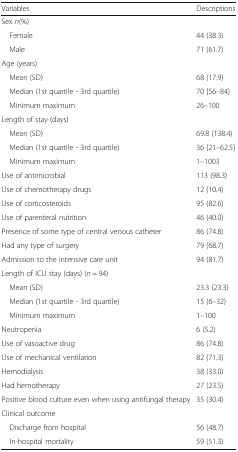
<table><thead><tr><td><b>Variables</b></td><td><b>Descriptions</b></td></tr></thead><tbody><tr><td colspan="2">Sex <i>n</i>(%)</td></tr><tr><td> Female</td><td>44 (38.3)</td></tr><tr><td> Male</td><td>71 (61.7)</td></tr><tr><td colspan="2">Age (years)</td></tr><tr><td> Mean (SD)</td><td>68 (17.9)</td></tr><tr><td> Median (1st quartile - 3rd quartile)</td><td>70 [56–84]</td></tr><tr><td> Minimum maximum</td><td>26–100</td></tr><tr><td colspan="2">Length of stay (days)</td></tr><tr><td> Mean (SD)</td><td>69.8 (138.4)</td></tr><tr><td> Median (1st quartile - 3rd quartile)</td><td>36 [21–62.5]</td></tr><tr><td> Minimum maximum</td><td>1–1003</td></tr><tr><td>Use of antimicrobial</td><td>113 (98.3)</td></tr><tr><td>Use of chemotherapy drugs</td><td>12 (10.4)</td></tr><tr><td>Use of corticosteroids</td><td>95 (82.6)</td></tr><tr><td>Use of parenteral nutrition</td><td>46 (40.0)</td></tr><tr><td>Presence of some type of central venous catheter</td><td>86 (74.8)</td></tr><tr><td>Had any type of surgery</td><td>79 (68.7)</td></tr><tr><td>Admission to the intensive care unit</td><td>94 (81.7)</td></tr><tr><td colspan="2">Length of ICU stay (days) (<i>n</i> = 94)</td></tr><tr><td> Mean (SD)</td><td>23.3 (23.3)</td></tr><tr><td> Median (1st quartile - 3rd quartile)</td><td>15 (6–32)</td></tr><tr><td> Minimum maximum</td><td>1–100</td></tr><tr><td>Neutropenia</td><td>6 (5.2)</td></tr><tr><td>Use of vasoactive drug</td><td>86 (74.8)</td></tr><tr><td>Use of mechanical ventilation</td><td>82 (71.3)</td></tr><tr><td>Hemodialysis</td><td>38 (33.0)</td></tr><tr><td>Had hemotherapy</td><td>27 (23.5)</td></tr><tr><td>Positive blood culture even when using antifungal therapy</td><td>35 (30.4)</td></tr><tr><td colspan="2">Clinical outcome</td></tr><tr><td> Discharge from hospital</td><td>56 (48.7)</td></tr><tr><td> In-hospital mortality</td><td>59 (51.3)</td></tr></tbody></table>